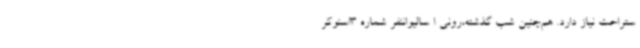
ستراحت نیاز دارد. هم‌چنین شب گذشته،رونی ا سالیواننفر شماره 3اسنوکر